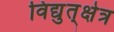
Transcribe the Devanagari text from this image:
विद्युत्‌क्षेत्र